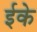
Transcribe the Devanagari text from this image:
ईके